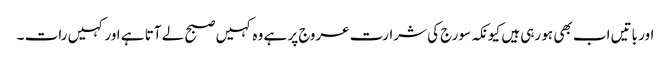
اور باتیں اب بھی ہو رہی ہیں کیونکہ سورج کی شرارت عروج پر ہے وہ کہیں صبح لے آتا ہے اور کہیں رات ۔